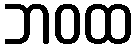
ဘဝထ